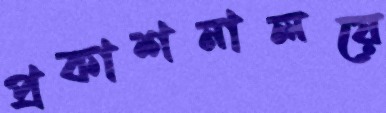
প্রকাশনালয়ে